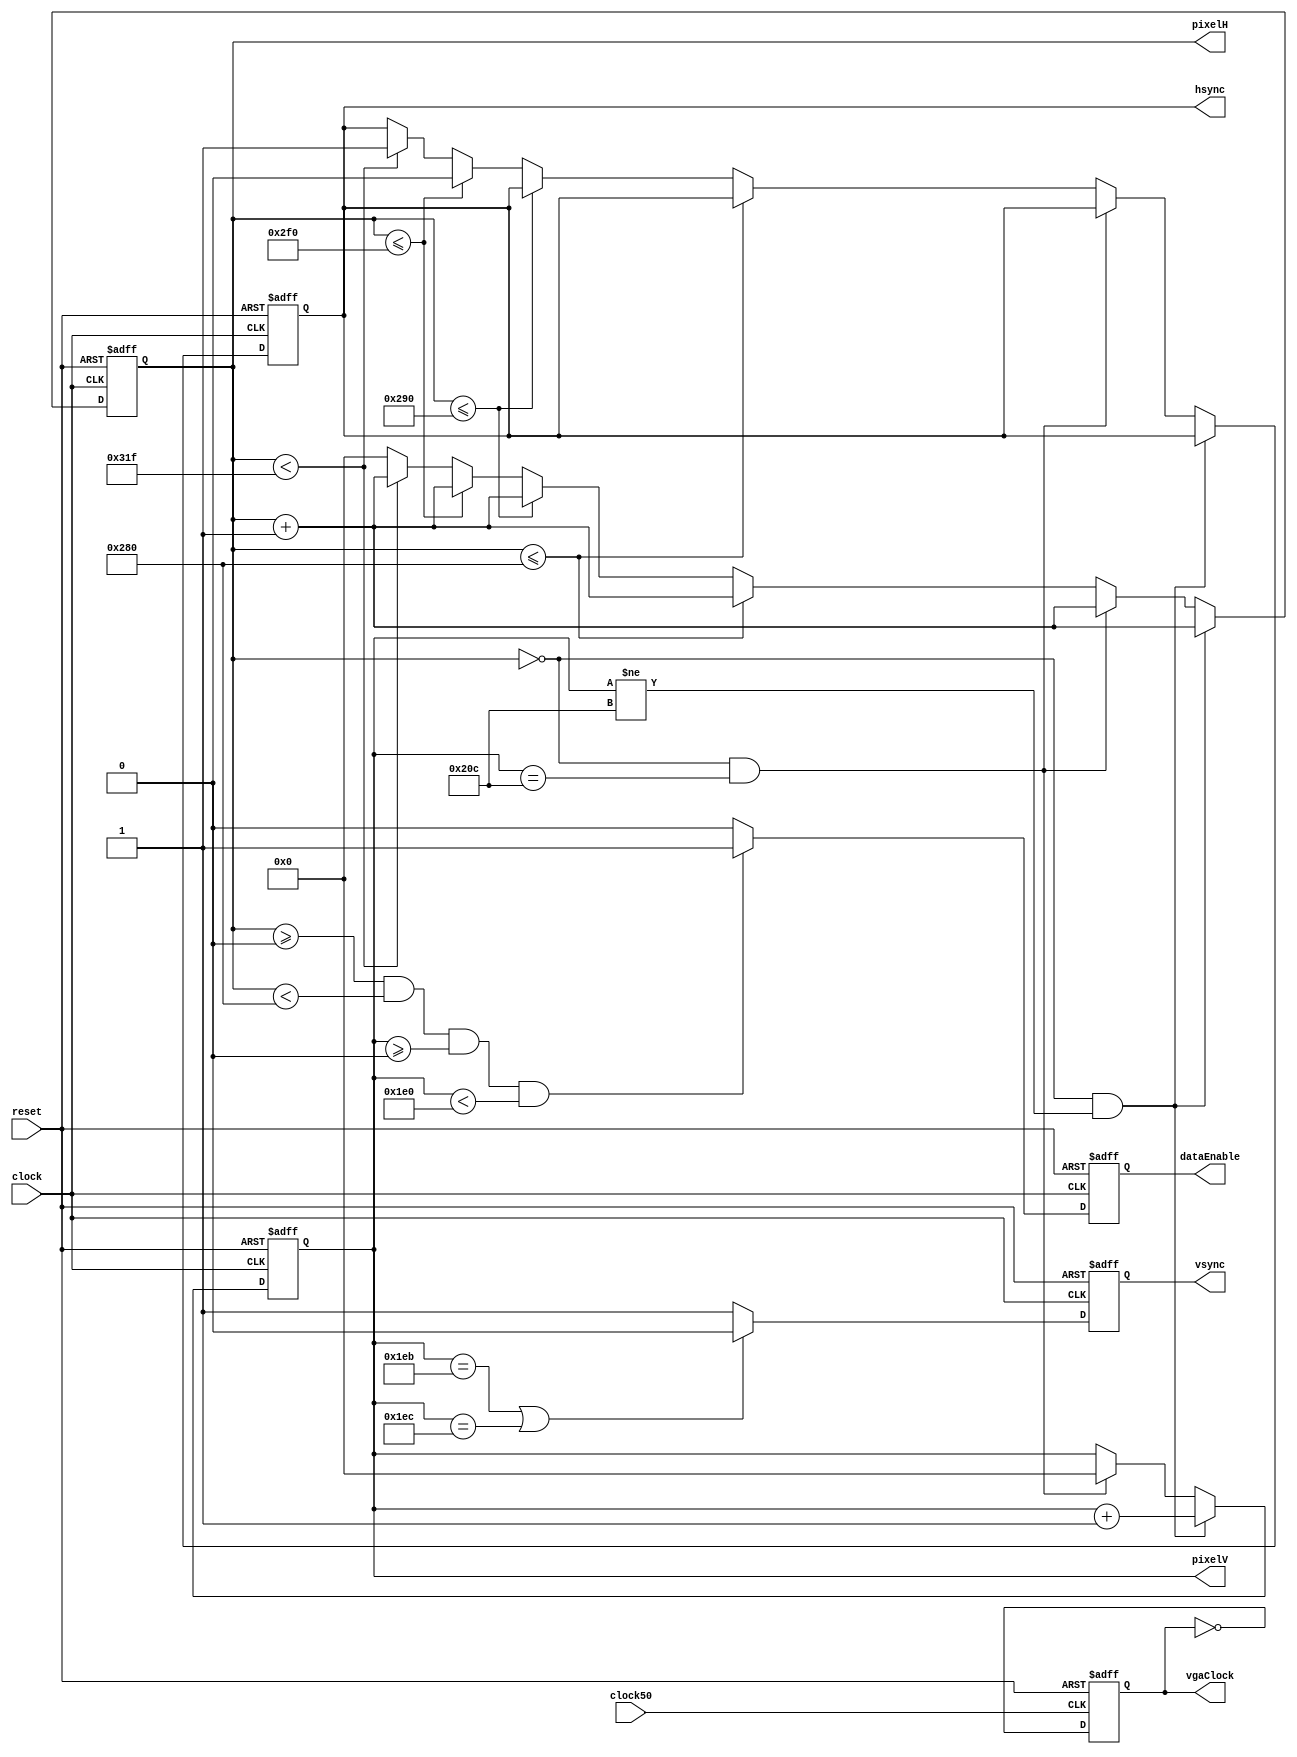
/**
Descripcion,
Modulo que sincroniza las senales (hsync y vsync)
de un controlador VGA de 640x480 60hz, funciona con un reloj de 25Mhz

Ademas tiene las coordenadas de los pixeles H (eje x),
y de los pixeles V (eje y). Para enviar la senal RGB correspondiente
a cada pixel

-----------------------------------------------------------------------------
Author : Nicolas Hasbun, nhasbun@gmail.com
File   : vgaHdmi.v
Create : 2017-06-15 15:07:05
Editor : sublime text3, tab size (2)
-----------------------------------------------------------------------------
*/

// **Info Source**
// https://eewiki.net/pages/viewpage.action?pageId=15925278

module vgaHdmi(
  // **input**
  input clock, clock50, reset,

  // **output**
  output reg [9:0]pixelH, pixelV,
  output reg hsync, vsync,
  output reg dataEnable,
  output reg vgaClock
);



initial begin
  hsync      = 1;
  vsync      = 1;
  pixelH     = 0;
  pixelV     = 0;
  dataEnable = 0;
  vgaClock   = 0;
end

// Manejo de Pixeles y Sincronizacion

always @(posedge clock or posedge reset) begin
  if(reset) begin
    hsync  <= 1;
    vsync  <= 1;
    pixelH <= 0;
    pixelV <= 0;
  end
  else begin
    // Display Horizontal
    if(pixelH==0 && pixelV!=524) begin
      pixelH<=pixelH+1'b1;
      pixelV<=pixelV+1'b1;
    end
    else if(pixelH==0 && pixelV==524) begin
      pixelH <= pixelH + 1'b1;
      pixelV <= 0; // pixel 525
    end
    else if(pixelH<=640) pixelH <= pixelH + 1'b1;
    // Front Porch
    else if(pixelH<=656) pixelH <= pixelH + 1'b1;
    // Sync Pulse
    else if(pixelH<=752) begin
      pixelH <= pixelH + 1'b1;
      hsync  <= 0;
    end
    // Back Porch
    else if(pixelH<799) begin
      pixelH <= pixelH+1'b1;
      hsync  <= 1;
    end
    else pixelH<=0; // pixel 800

    // Manejo Senal Vertical
    // Sync Pulse
    if(pixelV == 491 || pixelV == 492)
      vsync <= 0;
    else
      vsync <= 1;
  end
end

// dataEnable signal
always @(posedge clock or posedge reset) begin
  if(reset) dataEnable<= 0;

  else begin
    if(pixelH >= 0 && pixelH <640 && pixelV >= 0 && pixelV < 480)
      dataEnable <= 1;
    else
      dataEnable <= 0;
  end
end

// VGA pixeClock signal
// Los clocks no deben manejar salidas directas, se debe usar un truco
initial vgaClock = 0;

always @(posedge clock50 or posedge reset) begin
  if(reset) vgaClock <= 0;
  else      vgaClock <= ~vgaClock;
end

endmodule